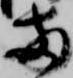
両